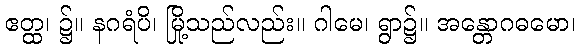
ဧတ္ထ၊ ၌။ နဂရံပိ၊ မြို့သည်လည်း။ ဂါမေ၊ ရွာ၌။ အန္တောဂဓမော၊